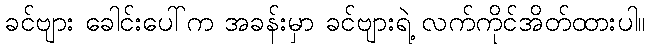
ခင်ဗျား ခေါင်းပေါ်က အခန်းမှာ ခင်ဗျားရဲ့ လက်ကိုင်အိတ်ထားပါ။